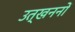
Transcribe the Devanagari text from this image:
उत्‍खननों